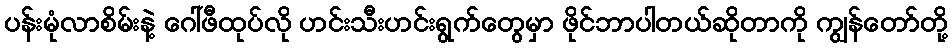
ပန်းမုံလာစိမ်းနဲ့ ဂေါ်ဖီထုပ်လို ဟင်းသီးဟင်းရွက်တွေမှာ ဖိုင်ဘာပါတယ်ဆိုတာကို ကျွန်တော်တို့